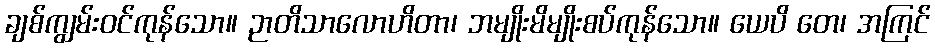
ချစ်ကျွမ်းဝင်ကုန်သော။ ဉာတိသာလောဟိတာ၊ ဘမျိုးမိမျိုးစပ်ကုန်သော။ ယေပိ တေ၊ အကြင်